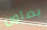
يصلون